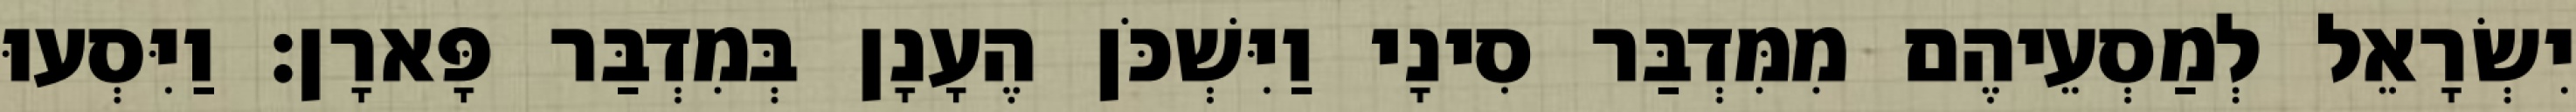
יִשְׂרָאֵל לְמַסְעֵיהֶם מִמִּדְבַּר סִינָי וַיִּשְׁכֹּן הֶעָנָן בְּמִדְבַּר פָּארָן׃ וַיִּסְעוּ